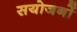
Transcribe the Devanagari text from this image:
सयोजनों